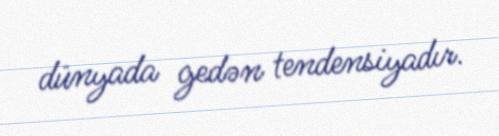
dünyada gedən tendensiyadır.